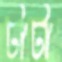
টাটা